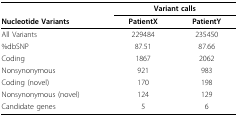
<table><thead><tr><td></td><td colspan="2"><b>Variant calls</b></td></tr><tr><td><b>Nucleotide Variants</b></td><td><b>PatientX</b></td><td><b>PatientY</b></td></tr></thead><tbody><tr><td>All Variants</td><td>229484</td><td>235450</td></tr><tr><td>%dbSNP</td><td>87.51</td><td>87.66</td></tr><tr><td>Coding</td><td>1867</td><td>2062</td></tr><tr><td>Nonsynonymous</td><td>921</td><td>983</td></tr><tr><td>Coding (novel)</td><td>170</td><td>198</td></tr><tr><td>Nonsynonymous (novel)</td><td>124</td><td>129</td></tr><tr><td>Candidate genes</td><td>5</td><td>6</td></tr></tbody></table>